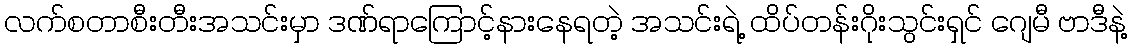
လက်စတာစီးတီးအသင်းမှာ ဒဏ်ရာကြောင့်နားနေရတဲ့ အသင်းရဲ့ ထိပ်တန်းဂိုးသွင်းရှင် ဂျေမီ ဗာဒီနဲ့